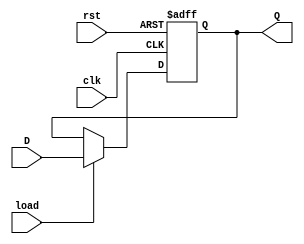
`timescale 1ns / 1ps
//////////////////////////////////////////////////////////////////////////////////
// Company: 
// Engineer: 
// 
// Design Name: 
// Module Name:    Register 
// Project Name: 
// Target Devices: 
// Tool versions: 
// Description: 
//
// Dependencies: 
//
// Revision: 
// Revision 0.01 - File Created
// Additional Comments: 
//
//////////////////////////////////////////////////////////////////////////////////
module RegisterAdd
	# (parameter W = 16)
	(
		input wire clk, //system clock
		input wire rst, //system reset
		input wire load, //load signal
		input wire [W-1:0] D, //input signal
		output reg [W-1:0] Q //output signal
    );

	always @(posedge clk, posedge rst)
		if(rst)
			Q <= 0;
		else if(load)
			Q <= D;
		else
			Q <= Q;

endmodule